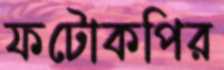
ফটোকপির